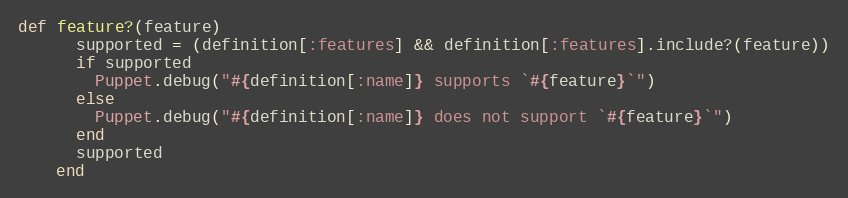
Language: Ruby
def feature?(feature)
      supported = (definition[:features] && definition[:features].include?(feature))
      if supported
        Puppet.debug("#{definition[:name]} supports `#{feature}`")
      else
        Puppet.debug("#{definition[:name]} does not support `#{feature}`")
      end
      supported
    end